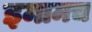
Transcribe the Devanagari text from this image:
इमामच